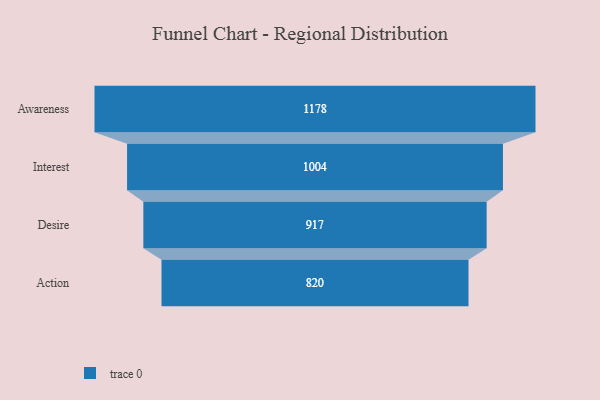
{"axis": {"x": "Stage", "y": "Value"}, "legend": [""], "data": [{"x": "Awareness", "y": 1178.0, "type": ""}, {"x": "Interest", "y": 1004.0, "type": ""}, {"x": "Desire", "y": 917.0, "type": ""}, {"x": "Action", "y": 820.0, "type": ""}]}